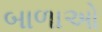
બાળાઓ